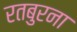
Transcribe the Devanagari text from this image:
रतबुरना